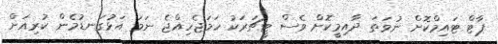
ޕާޓް ޓައިމްކޮށް ނުވަތަ ދާއިމީކޮށް ވެސް ޓީޗަރަކު ހަމަޖެހިއްޖެ ނަމަ އަޅުގަނޑުމެން ކުރިއަށް